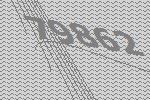
79862